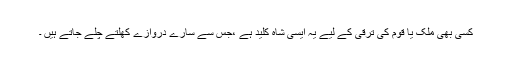
کسی بھی ملک یا قوم کی ترقی کے لیے یہ ایسی شاہ کلید ہے ،جس سے سارے دروازے کھلتے چلے جاتے ہیں ۔